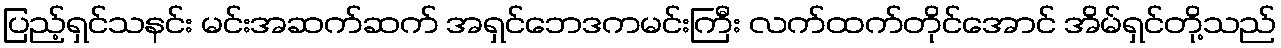
ပြည့်ရှင်သနင်း မင်းအဆက်ဆက် အရှင်ဘေဒကမင်းကြီး လက်ထက်တိုင်အောင် အိမ်ရှင်တို့သည်